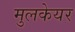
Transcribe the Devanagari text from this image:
मुलकेयर